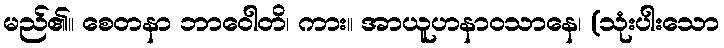
မည်၏။ စေတနာ ဘာဝေါတိ၊ ကား။ အာယူဟနာဝသာနေ၊ (သုံးပါးသော